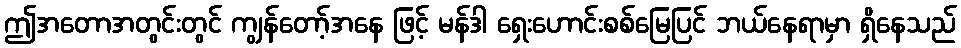
ဤအတောအတွင်းတွင် ကျွန်တော့်အနေ ဖြင့် မန်ဒါ ရှေးဟောင်းစစ်မြေပြင် ဘယ်နေရာမှာ ရှိနေသည်